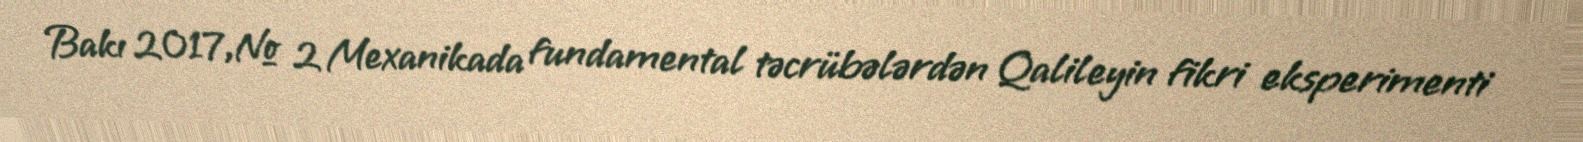
Bakı 2017,№ 2 Mexanikada fundamental təcrübələrdən Qalileyin fikri eksperimenti